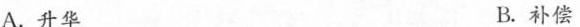
A.升华 B.补偿